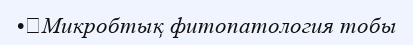
•	Микробтық фитопатология тобы